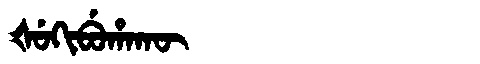
Manchu: ᡧᡠᡴᡳᠪᡠᡥᠠᡴᡡ
Romanization: ŠUKIBUHAKŪ